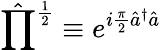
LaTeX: \hat{\prod}^{\frac{1}{2}}\equiv e^{i\frac{\pi}{2}\hat{a}^{\dagger}\hat{a}}